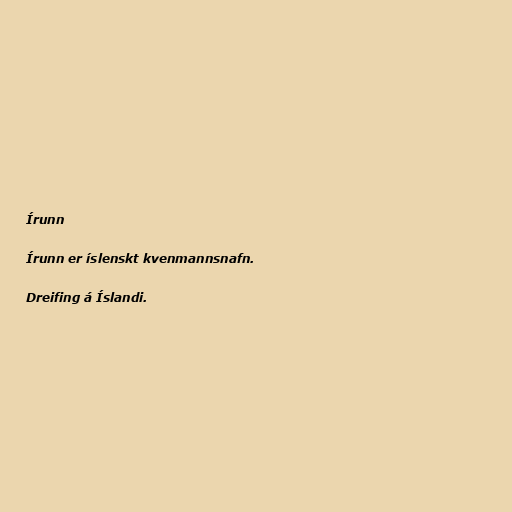
Írunn

Írunn er íslenskt kvenmannsnafn.

Dreifing á Íslandi.